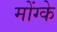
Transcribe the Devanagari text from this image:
मोंग्के